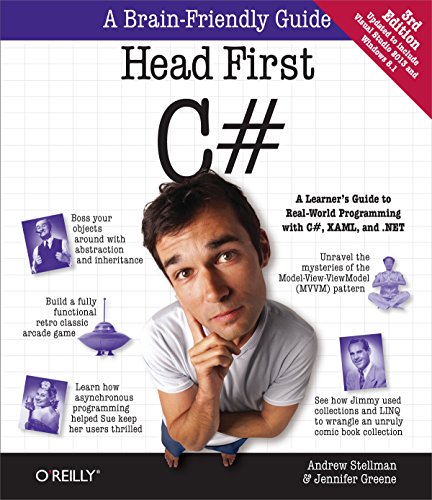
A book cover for Head First C#; Jennifer Greene; Computers & Technology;